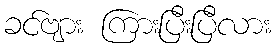
ခင်ဗျား ကြားပြီးပြီလား